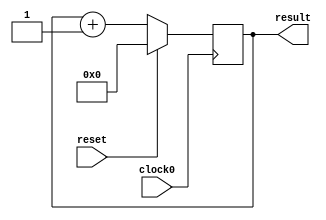
module counter (clock0, reset, result);

	input clock0;
	input reset;
	output [31:0] result;

	reg [31:0] result;

    initial begin
      result <= 0;
    end

	always @(posedge clock0)
	begin
		if (reset) 
			result = 0;		
		else 
			result = result + 1;
	end
endmodule